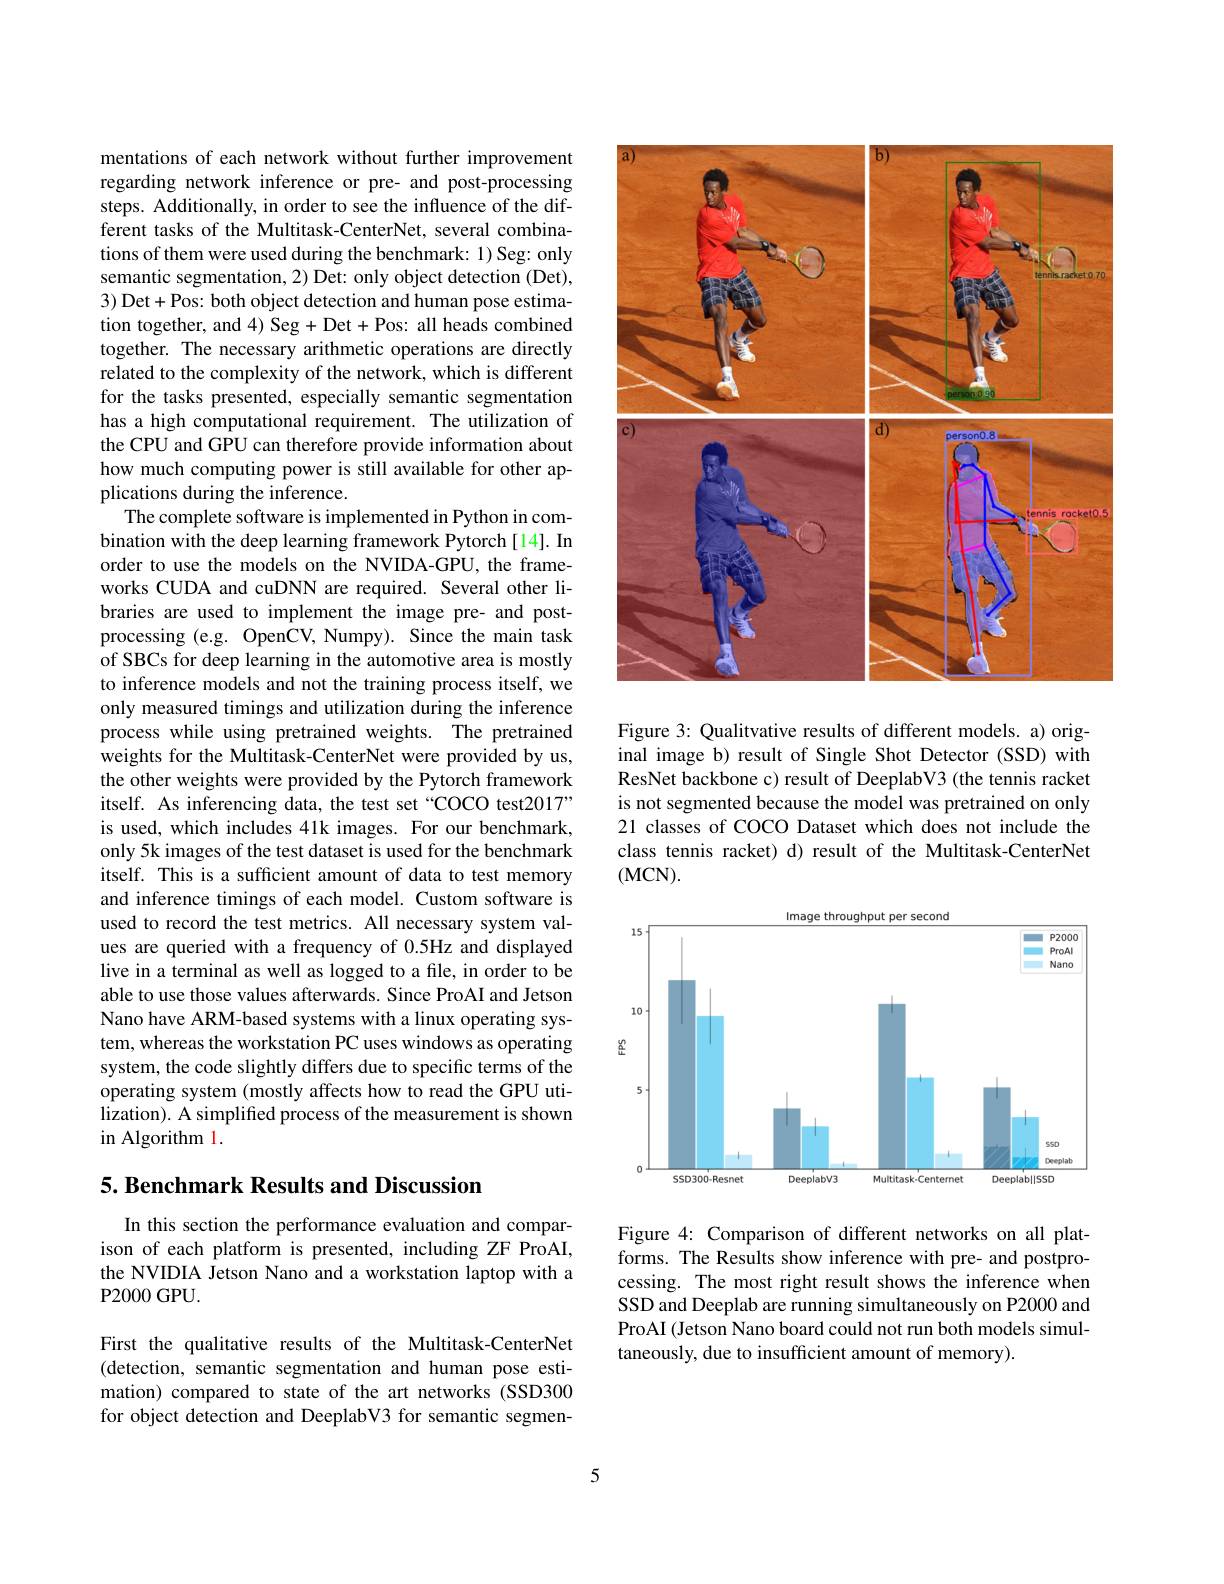
mentations of each network without further improvement regarding network inference or pre- and post-processing steps. Additionally, in order to see the influence of the different tasks of the Multitask-CenterNet, several combinations of them were used during the benchmark: 1) Seg: only semantic segmentation, 2) Det: only object detection (Det), 3) Det+Pos: both object detection and human pose estimation together, and 4) Seg + Det + Pos: all heads combined together. The necessary arithmetic operations are directly related to the complexity of the network, which is different for the tasks presented, especially semantic segmentation has a high computational requirement. The utilization of the CPU and GPU can therefore provide information about how much computing power is still available for other applications during the inference.
The complete software is implemented in Python in combination with the deep learning framework Pytorch[14]. In order to use the models on the NVIDA-GPU, the frameworks CUDA and cuDNN are required. Several other libraries are used to implement the image pre- and postprocessing (e.g. OpenCV, Numpy). Since the main task of SBCs for deep learning in the automotive area is mostly to inference models and not the training process itself, we only measured timings and utilization during the inference process while using pretrained weights. The pretrained weights for the Multitask-CenterNet were provided by us, the other weights were provided by the Pytorch framework itself. As inferencing data, the test set“COCO test2017” is used, which includes 41k images. For our benchmark, only 5k images of the test dataset is used for the benchmark itself. This is a sufficient amount of data to test memory and inference timings of each model. Custom software is used to record the test metrics. All necessary system values are queried with a frequency of 0.5Hz and displayed live in a terminal as well as logged to a file, in order to be able to use those values afterwards. Since ProAI and Jetson Nano have ARM-based systems with a linux operating system, whereas the workstation PC uses windows as operating system, the code slightly differs due to specific terms of the operating system (mostly affects how to read the GPU utilization). A simplifed process of the measurement is shown in Algorithm 1

## 5. Benchmark Results and Discussion

In this section the performance evaluation and comparison of each platform is presented, including ZF ProAI, the NVIDIA Jetson Nano and a workstation laptop with a P2000GPU.

First the qualitative results of the Multitask-CenterNet (detection, semantic segmentation and human pose estimation) compared to state of the art networks (SSD300 for object detection and DeeplabV3 for semantic segmen-

<FigureHere>

Figure 3: Qualitvative results of different models. a) original image b) result of Single Shot Detector (SSD) with ResNet backbone c) result of DeeplabV3 (the tennis racket is not segmented because the model was pretrained on only 21 classes of COCO Dataset which does not include the class tennis racket) d) result of the Multitask-CenterNet (MCN).

<FigureHere>

Figure 4: Comparison of different networks on all platforms. The Results show inference with pre- and postprocessing. The most right result shows the inference when SSD and Deeplab are running simultaneously on P2000 and ProAI (Jetson Nano board could not run both models simultaneously, due to insufficient amount of memory).

5